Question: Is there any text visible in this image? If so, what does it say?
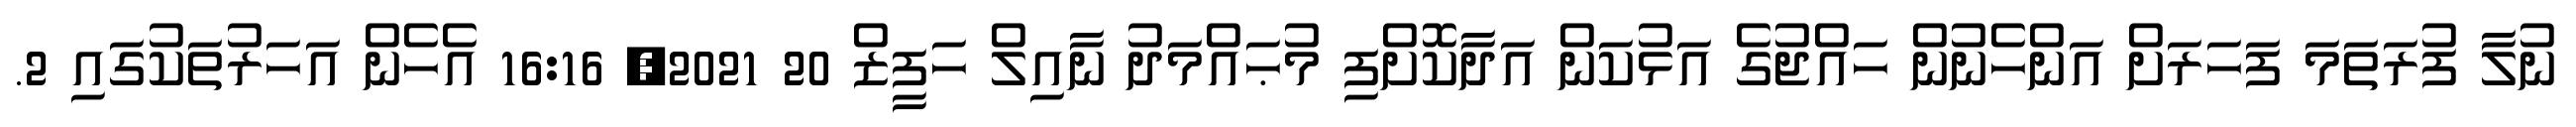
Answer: ނުލާ ފުރަތަމަ ފަހަރަށް އަންހެނުން ހައްޖުގެ އަޅުކަން އަދާކޮށްފި މުޙައްމަދު ނާއިލް ހަފީޒް 20 2021, 16:16 އެހެން އަހަރުތަކުގައި 2.